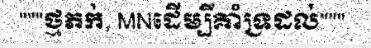
"""ថ្មភក់, MNដើម្បីគាំទ្រដល់"""